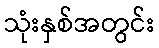
သုံးနှစ်အတွင်း